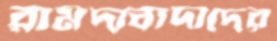
রামদাবাদীদের